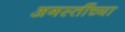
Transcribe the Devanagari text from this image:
अगस्तींच्या